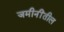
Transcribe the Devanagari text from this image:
जमीनींतील